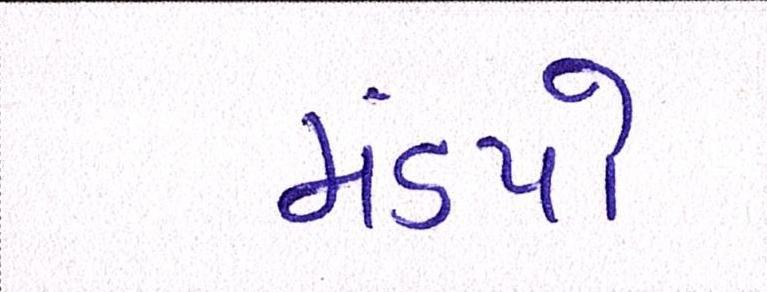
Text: મંડપો